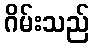
ဂိမ်းသည်